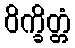
ဝိက္ခိတ္တံ